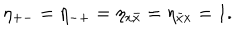
\eta _ { + - } = \eta _ { - + } = \eta _ { x \bar { x } } = \eta _ { { \bar { x } } x } = 1 .